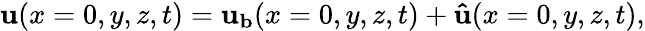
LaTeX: {\mathbf{u}}(x=0,y,z,t)={\mathbf{u_{b}}}(x=0,y,z,t)+{\mathbf{\hat{u}}}(x=0,y,z,t),